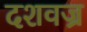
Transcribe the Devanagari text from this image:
दशवज्र